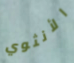
الأنثوي